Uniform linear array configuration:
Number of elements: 64
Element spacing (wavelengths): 0.75
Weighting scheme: binomial
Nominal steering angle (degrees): -60
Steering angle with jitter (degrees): -59.556
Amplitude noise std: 0.05
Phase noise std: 0.05

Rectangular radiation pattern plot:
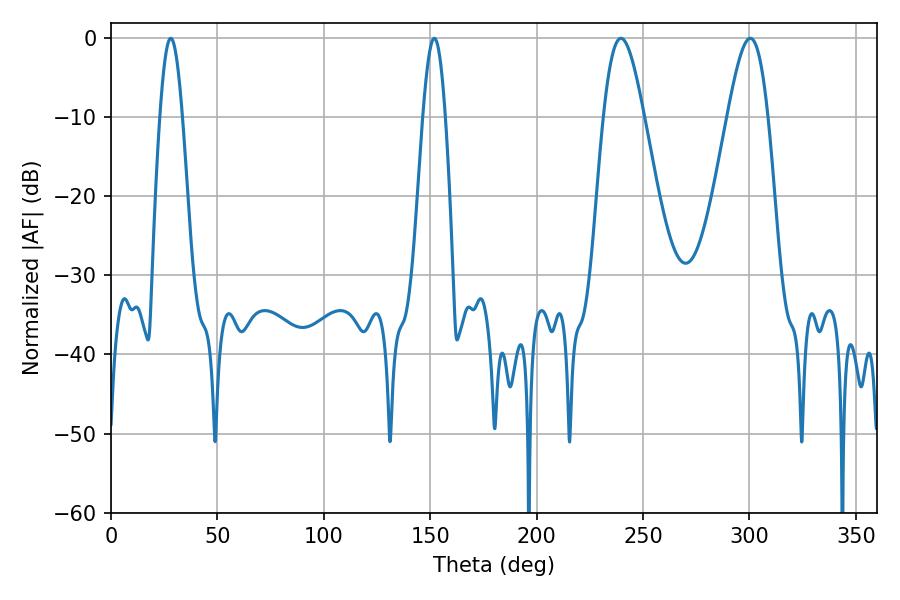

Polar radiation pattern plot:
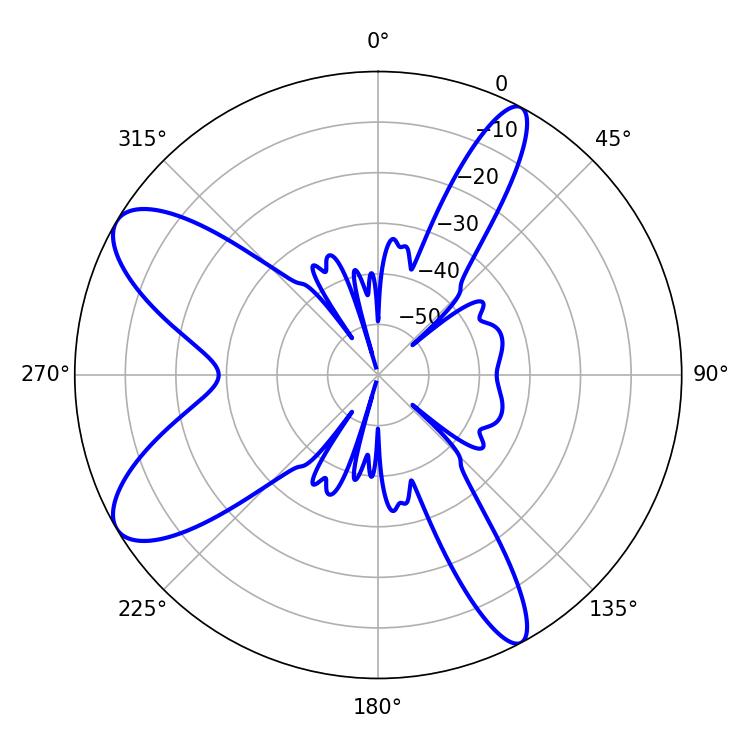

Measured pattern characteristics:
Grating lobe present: TRUE
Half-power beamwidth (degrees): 5.58
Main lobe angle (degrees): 28.08